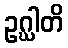
ဥဂ္ဃါတိ